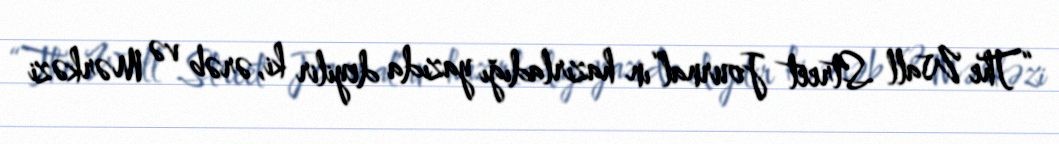
“The Wall Street Journal“ın hazırladığı yazıda deyilir ki, ərəb və Mərkəzi